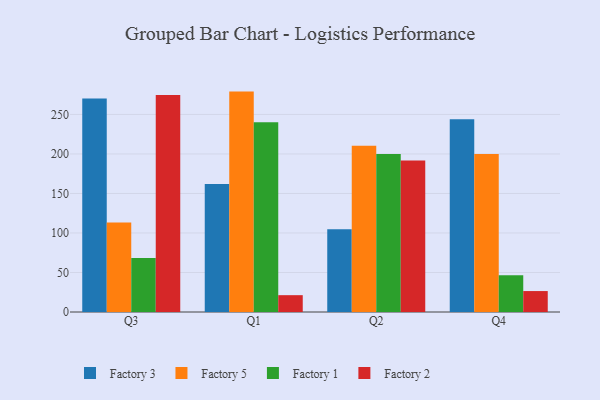
{"axis": {"x": "Quarter", "y": "Budget (USD K)"}, "legend": ["Factory 1", "Factory 2", "Factory 3", "Factory 5"], "data": [{"x": "Q3", "y": 270.3, "type": "Factory 3"}, {"x": "Q3", "y": 113.4, "type": "Factory 5"}, {"x": "Q3", "y": 68.2, "type": "Factory 1"}, {"x": "Q3", "y": 274.7, "type": "Factory 2"}, {"x": "Q1", "y": 162.1, "type": "Factory 3"}, {"x": "Q1", "y": 278.9, "type": "Factory 5"}, {"x": "Q1", "y": 240.0, "type": "Factory 1"}, {"x": "Q1", "y": 21.3, "type": "Factory 2"}, {"x": "Q2", "y": 104.6, "type": "Factory 3"}, {"x": "Q2", "y": 210.4, "type": "Factory 5"}, {"x": "Q2", "y": 199.9, "type": "Factory 1"}, {"x": "Q2", "y": 191.8, "type": "Factory 2"}, {"x": "Q4", "y": 243.9, "type": "Factory 3"}, {"x": "Q4", "y": 199.8, "type": "Factory 5"}, {"x": "Q4", "y": 46.5, "type": "Factory 1"}, {"x": "Q4", "y": 26.5, "type": "Factory 2"}]}